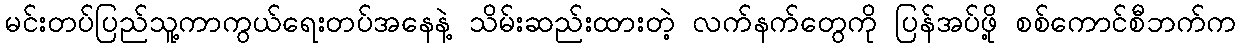
မင်းတပ်ပြည်သူ့ကာကွယ်ရေးတပ်အနေနဲ့ သိမ်းဆည်းထားတဲ့ လက်နက်တွေကို ပြန်အပ်ဖို့ စစ်ကောင်စီဘက်က